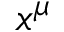
x ^ { \mu }